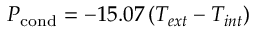
P _ { \mathrm { c o n d } } = - 1 5 . 0 7 \left( T _ { e x t } - T _ { i n t } \right)